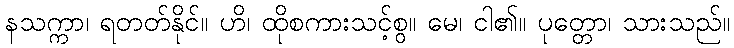
နသက္ကာ၊ ရတတ်နိုင်။ ဟိ၊ ထိုစကားသင့်စွ။ မေ၊ ငါ၏။ ပုတ္တော၊ သားသည်။